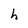
Character: h